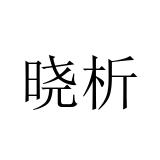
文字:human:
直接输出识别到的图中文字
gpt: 晓析